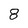
Character: 8